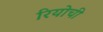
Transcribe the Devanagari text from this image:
रियोची